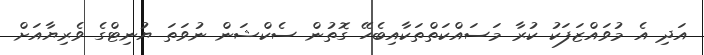
އަދި އެ މުވައްޒަފަކު ކުރާ މަސައްކަތްތަކާއިބެހޭ ގޮތުން ސެކްޝަން ނުވަތަ ޔުނިޓްގެ ވެރިޔާއަށް